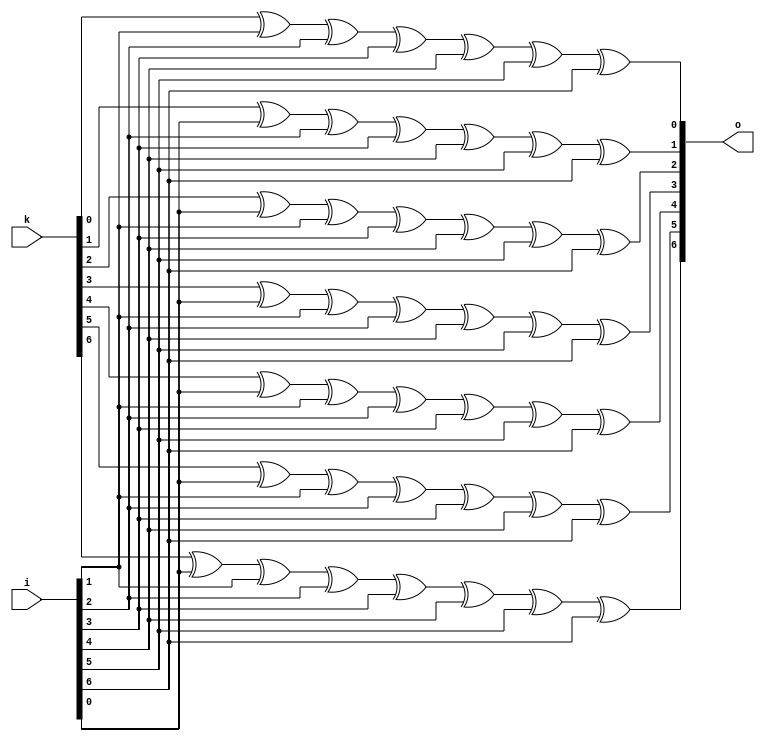
//////////////////////////////////////////////////////////////////////////////
// Copyright (c) 2011, Andrew "bunnie" Huang
// All rights reserved.
//
// Redistribution and use in source and binary forms, with or without modification, 
// are permitted provided that the following conditions are met:
//
//  * Redistributions of source code must retain the above copyright notice, 
//    this list of conditions and the following disclaimer.
//  * Redistributions in binary form must reproduce the above copyright notice, 
//    this list of conditions and the following disclaimer in the documentation and/or 
//    other materials provided with the distribution.
//
//    THIS SOFTWARE IS PROVIDED BY THE COPYRIGHT HOLDERS AND CONTRIBUTORS "AS IS" AND ANY 
//    EXPRESS OR IMPLIED WARRANTIES, INCLUDING, BUT NOT LIMITED TO, THE IMPLIED WARRANTIES 
//    OF MERCHANTABILITY AND FITNESS FOR A PARTICULAR PURPOSE ARE DISCLAIMED. IN NO EVENT 
//    SHALL THE COPYRIGHT HOLDER OR CONTRIBUTORS BE LIABLE FOR ANY DIRECT, INDIRECT, 
//    INCIDENTAL, SPECIAL, EXEMPLARY, OR CONSEQUENTIAL DAMAGES (INCLUDING, BUT NOT 
//    LIMITED TO, PROCUREMENT OF SUBSTITUTE GOODS OR SERVICES; LOSS OF USE, DATA, OR 
//    PROFITS; OR BUSINESS INTERRUPTION) HOWEVER CAUSED AND ON ANY THEORY OF LIABILITY, 
//    WHETHER IN CONTRACT, STRICT LIABILITY, OR TORT (INCLUDING NEGLIGENCE OR OTHERWISE) 
//    ARISING IN ANY WAY OUT OF THE USE OF THIS SOFTWARE, EVEN IF ADVISED OF THE 
//    POSSIBILITY OF SUCH DAMAGE.
//
//////////////////////////////////////////////////////////////////////////////

module diff_network (
		     input wire [6:0]   i,
		     output wire [6:0]  o,
		     input wire [6:0]   k
		     );

   assign o[0] = k[0] ^      ^ i[1] ^ i[2] ^ i[3] ^ i[4] ^ i[5] ^ i[6];
   assign o[1] = k[1] ^ i[0] ^      ^ i[2] ^ i[3] ^ i[4] ^ i[5] ^ i[6];
   assign o[2] = k[2] ^ i[0] ^ i[1] ^      ^ i[3] ^ i[4] ^ i[5] ^ i[6];
   assign o[3] = k[3] ^ i[0] ^ i[1] ^ i[2] ^      ^ i[4] ^ i[5] ^ i[6];
   assign o[4] = k[4] ^ i[0] ^ i[1] ^ i[2] ^ i[3] ^      ^ i[5] ^ i[6];
   assign o[5] = k[5] ^ i[0] ^ i[1] ^ i[2] ^ i[3] ^ i[4] ^      ^ i[6];
   assign o[6] = k[6] ^ i[0] ^ i[1] ^ i[2] ^ i[3] ^ i[4] ^ i[5] ^ i[6];
   
endmodule // diff_network